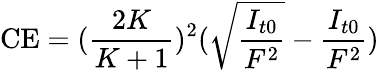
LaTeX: \textrm{CE}=(\frac{2K}{K+1})^{2}(\sqrt{\frac{I_{t0}}{F^{2}}}-\frac{I_{t0}}{F^{2}})